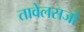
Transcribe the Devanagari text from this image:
तावेलसजो